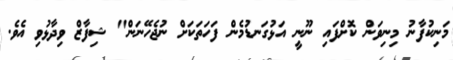
މަނިކުފާނު މިނިވަން ކޮށްފައި ނޫނީ އަޅުގަނޑުމެން ފަހަތަކަށް ނުޖެހޭނަން" ޝިފާޒް ވިދާޅުވި އެވެ.